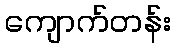
ကျောက်တန်း